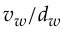
v _ { w } / d _ { w }